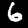
Digit: 6